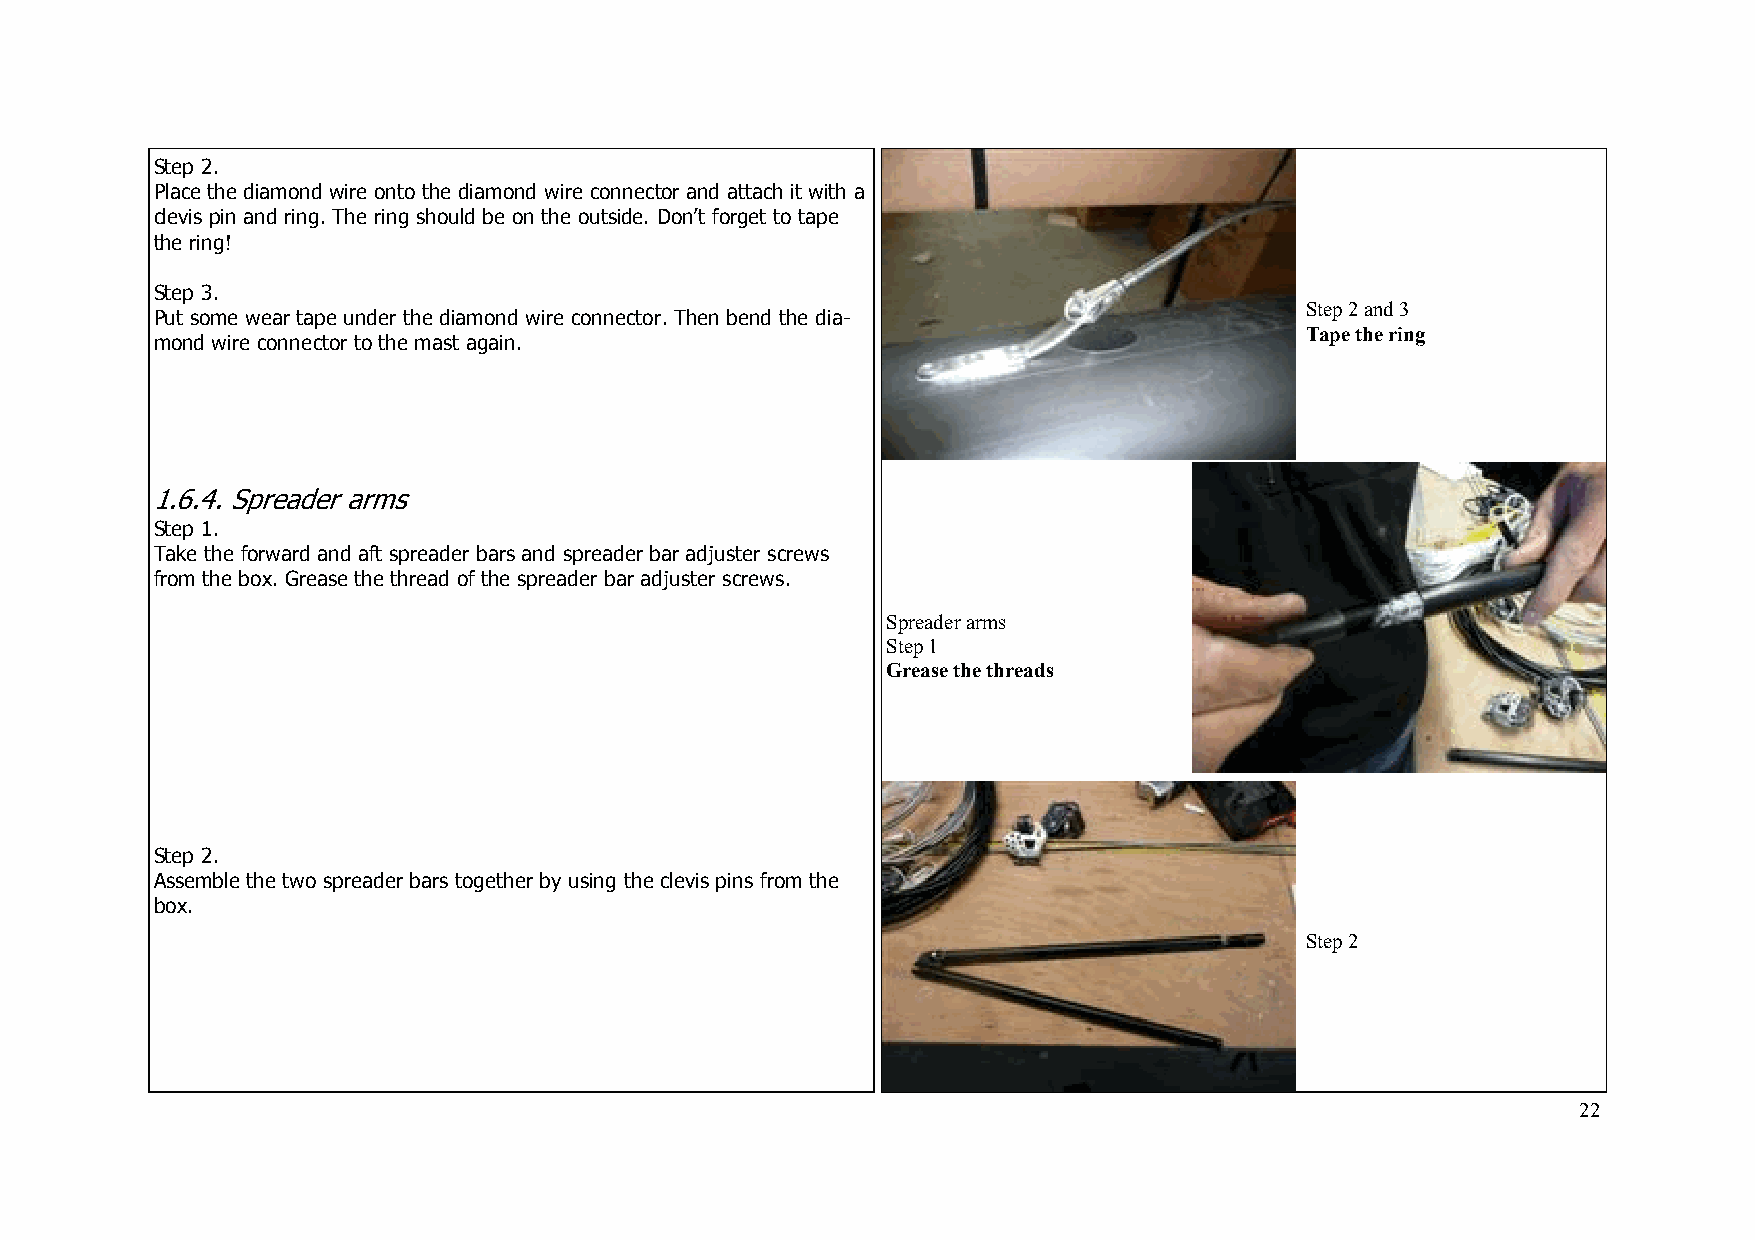
Step 2.
 Place the diamond wire onto the diamond wire connector and attach it with a
 clevis pin and ring. The ring should be on the outside. Don’t forget to tape
 the ring!
 Step 3.
 Step 2 and 3
 Put some wear tape under the diamond wire connector. Then bend the dia-
 Tape the ring
 mond wire connector to the mast again.
 1.6.4. Spreader arms
 Step 1.
 Take the forward and aft spreader bars and spreader bar adjuster screws
 from the box. Grease the thread of the spreader bar adjuster screws.
 Spreader arms
 Step 1
 Grease the threads
 Step 2.
 Assemble the two spreader bars together by using the clevis pins from the
 box.
 Step 2
 22